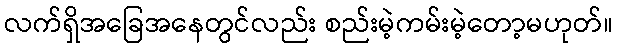
လက်ရှိအခြေအနေတွင်လည်း စည်းမဲ့ကမ်းမဲ့တော့မဟုတ်။